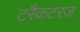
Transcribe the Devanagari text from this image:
टरैकटरज़